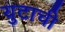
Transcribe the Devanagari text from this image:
युटाची